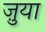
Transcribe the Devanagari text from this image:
ज़ुया